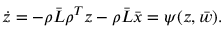
\dot { z } = - \rho \bar { L } \rho ^ { T } z - \rho \bar { L } \bar { x } = \psi ( z , \bar { w } ) .